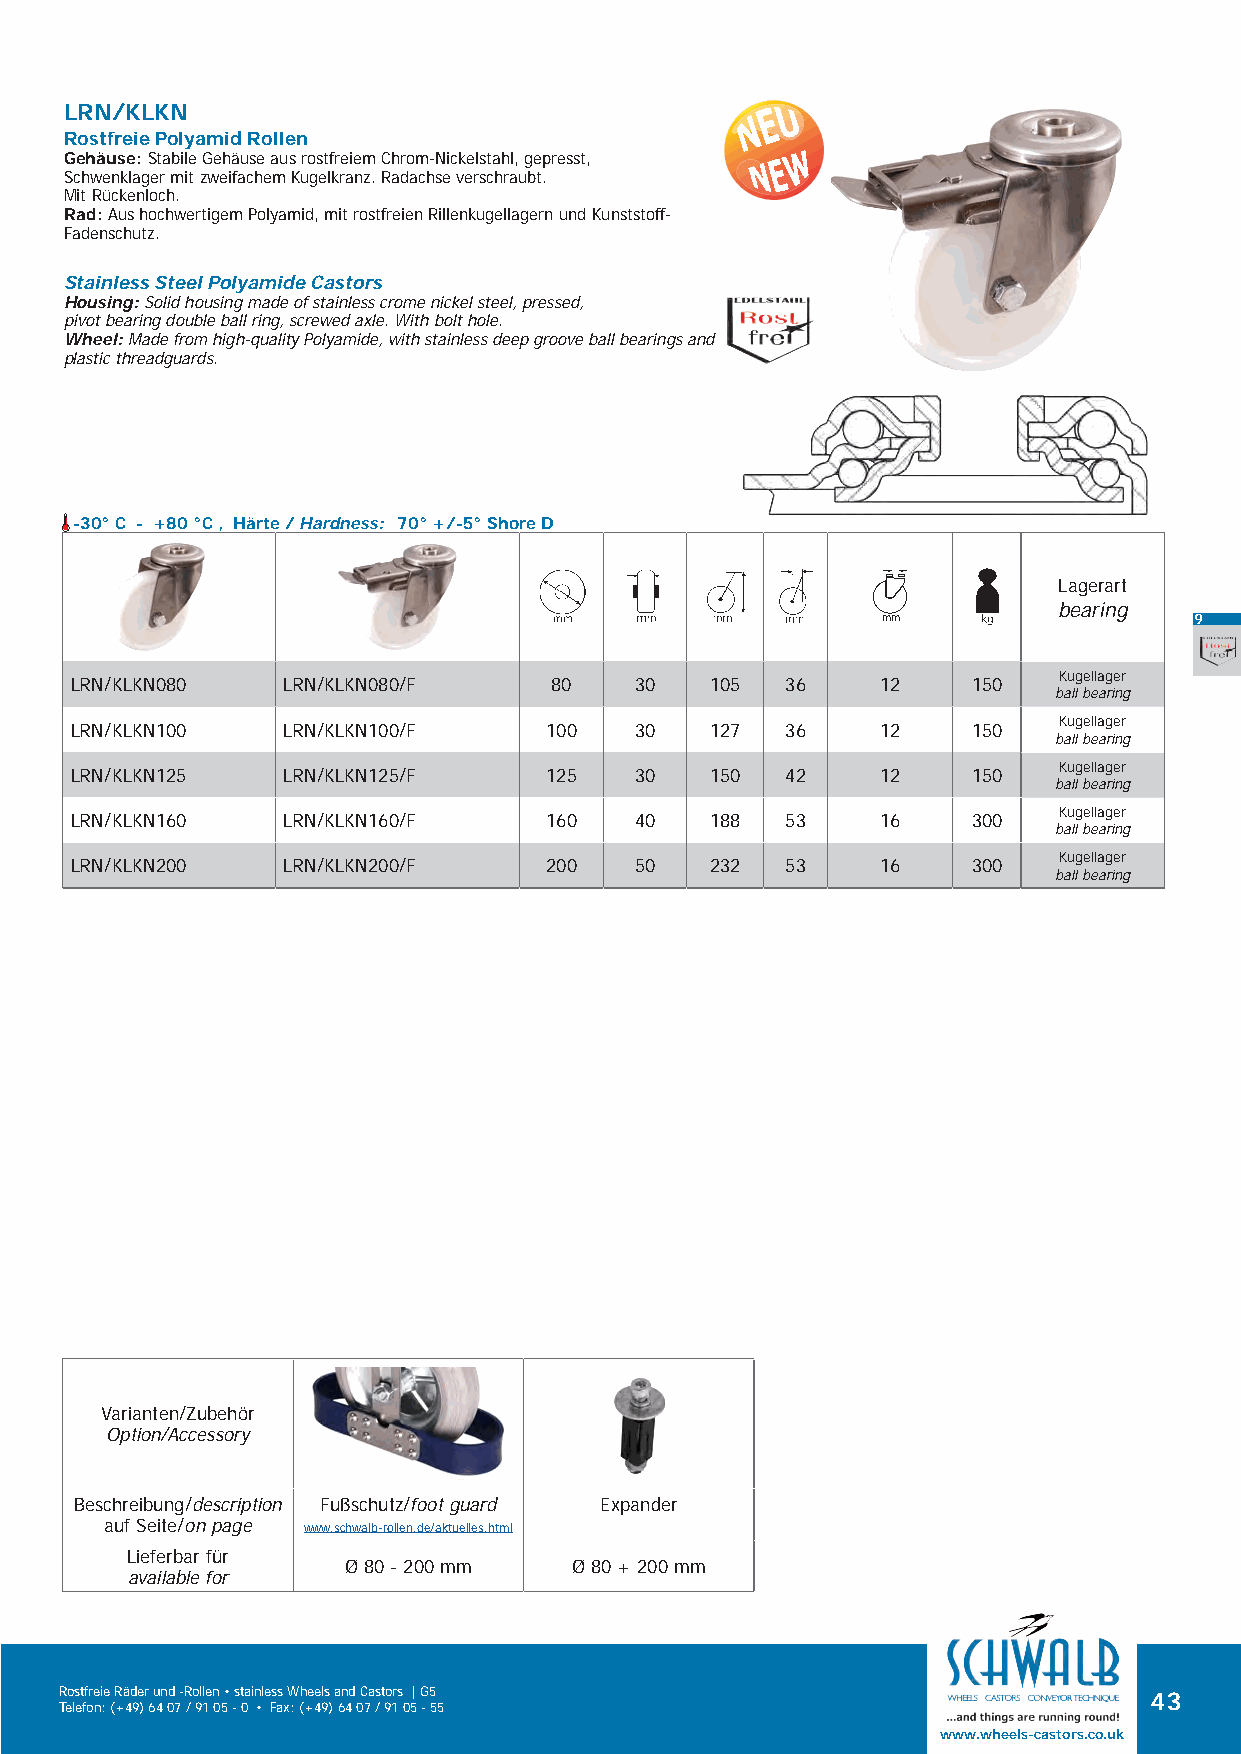
LRN/KLKN
 Rostfreie Polyamid Rollen
 Gehäuse: Stabile Gehäuse aus rostfreiem Chrom-Nickelstahl, gepresst,
 Schwenklager mit zweifachem Kugelkranz. Radachse verschraubt.
 Mit Rückenloch.
 Rad: Aus hochwertigem Polyamid, mit rostfreien Rillenkugellagern und Kunststoff-
 Fadenschutz.
 Stainless Steel Polyamide Castors
 Housing: Solid housing made of stainless crome nickel steel, pressed,
 pivot bearing double ball ring, screwed axle. With bolt hole.
 Wheel: Made from high-quality Polyamide, with stainless deep groove ball bearings and
 plastic threadguards.
 -30° C - +80 °C , Härte / Hardness: 70° +/-5° Shore D
 Lagerart
 bearing
 mm                   9
 Kugellager
 LRN/KLKN080   LRN/KLKN080/F    80    30   105  36    12    150
 ball bearing
 Kugellager
 LRN/KLKN100   LRN/KLKN100/F    100   30   127  36    12    150
 ball bearing
 Kugellager
 LRN/KLKN125   LRN/KLKN125/F    125   30   150  42    12    150
 ball bearing
 Kugellager
 LRN/KLKN160   LRN/KLKN160/F    160   40   188  53    16    300
 ball bearing
 Kugellager
 LRN/KLKN200   LRN/KLKN200/F    200   50   232  53    16    300
 ball bearing
 Varianten/Zubehör
 Option/Accessory
 Beschreibung/description Fußschutz/foot guard Expander
 auf Seite/on page www.schwalb-rollen.de/aktuelles.html
 Lieferbar für
 Ø 80 - 200 mm  Ø 80 + 200 mm
 available for
 Rostfreie Räder und -Rollen • stainless Wheels and Castors | G5         43
 Telefon: (+49) 64 07 / 91 05 - 0 • Fax: (+49) 64 07 / 91 05 - 55
 www.wheels-castors.co.uk